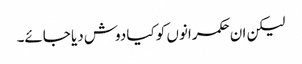
لیکن ان حکمرانوں کو کیا دوش دیا جائے۔